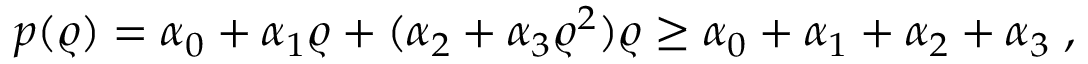
p ( \varrho ) = \alpha _ { 0 } + \alpha _ { 1 } \varrho + ( \alpha _ { 2 } + \alpha _ { 3 } \varrho ^ { 2 } ) \varrho \ge \alpha _ { 0 } + \alpha _ { 1 } + \alpha _ { 2 } + \alpha _ { 3 } \; ,